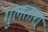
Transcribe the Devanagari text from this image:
गुलतारा